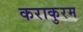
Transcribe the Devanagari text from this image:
कराकुरम